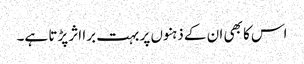
اس کا بھی ان کے ذہنوں پر بہت برا اثر پڑتا ہے۔